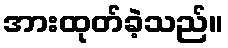
အားထုတ်ခဲ့သည်။